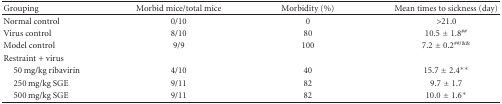
<table><thead><tr><td><b>Grouping</b></td><td><b>Morbid mice/total mice</b></td><td><b>Morbidity (%)</b></td><td><b>Mean times to sickness (day)</b></td></tr></thead><tbody><tr><td>Normal control</td><td>0/10</td><td>0</td><td>&gt;21.0</td></tr><tr><td>Virus control</td><td>8/10</td><td>80</td><td>10.5 ± 1.8<sup>##</sup></td></tr><tr><td>Model control</td><td>9/9</td><td>100</td><td>7.2 ± 0.2<sup>##/&amp;&amp;</sup></td></tr><tr><td>Restraint + virus</td><td> </td><td> </td><td> </td></tr><tr><td> 50 mg/kg ribavirin</td><td>4/10</td><td>40</td><td>15.7 ± 2.4**</td></tr><tr><td> 250 mg/kg SGE</td><td>9/11</td><td>82</td><td>9.7 ± 1.7</td></tr><tr><td> 500 mg/kg SGE</td><td>9/11</td><td>82</td><td>10.0 ± 1.6*</td></tr></tbody></table>